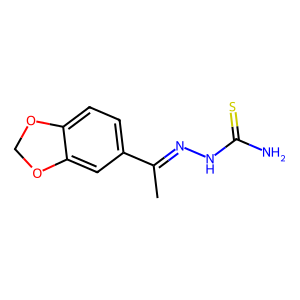
SMILES: CC(=NNC(N)=S)c1ccc2c(c1)OCO2
Inhibits HIV replication: No